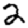
Digit: 2